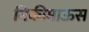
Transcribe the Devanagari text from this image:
मिकीमाऊस